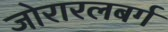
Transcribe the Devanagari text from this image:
जोरारलबर्ग